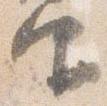
仰